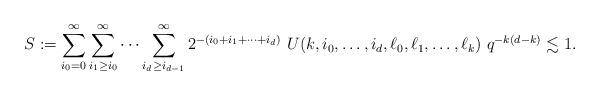
LaTeX: \begin{align*}S:=\sum_{i_0=0}^\infty \sum_{i_1\geq i_0}^\infty \cdots \sum_{i_{d}\geq i_{d-1}}^\infty 2^{-(i_0+i_1+\cdots +i_{d})} ~U(k, i_0, \ldots, i_d, \ell_0, \ell_1, \ldots, \ell_k)~q^{-k(d-k)} \lesssim 1.\end{align*}